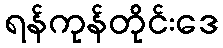
ရန်ကုန်တိုင်းဒေ